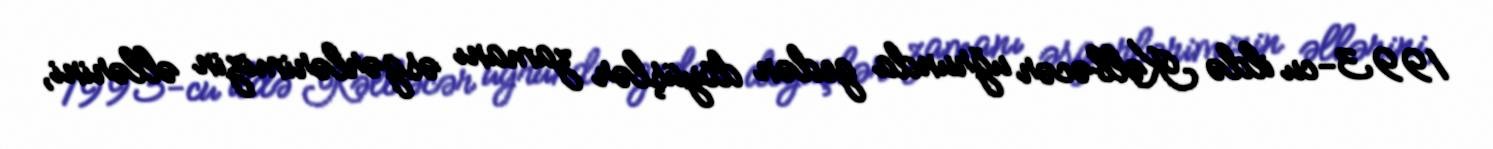
1993-cu ildə Kəlbəcər uğrunda gedən döyüşlər zamanı əsgərlərimizin əllərini,